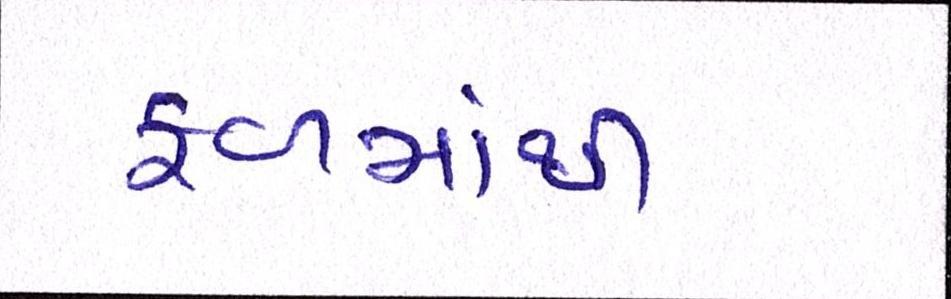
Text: ફળમાંથી